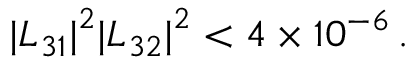
{ | L _ { 3 1 } | } ^ { 2 } { | L _ { 3 2 } | } ^ { 2 } < 4 \times 1 0 ^ { - 6 } \, .